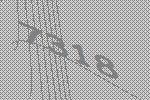
7318